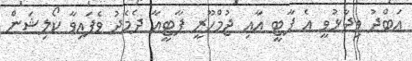
އަބްދު ވިދާޅުވީ އެ ޕާޓީ އާއި ޖުމްހޫރީ ޕާޓީއާ ދެމެދު ވެފައިވާ ކޯލިޝަން